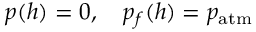
p ( h ) = 0 , \quad p _ { f } ( h ) = p _ { \mathrm { a t m } }